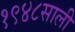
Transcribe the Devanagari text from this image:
१९४८साली